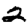
Digit: 2